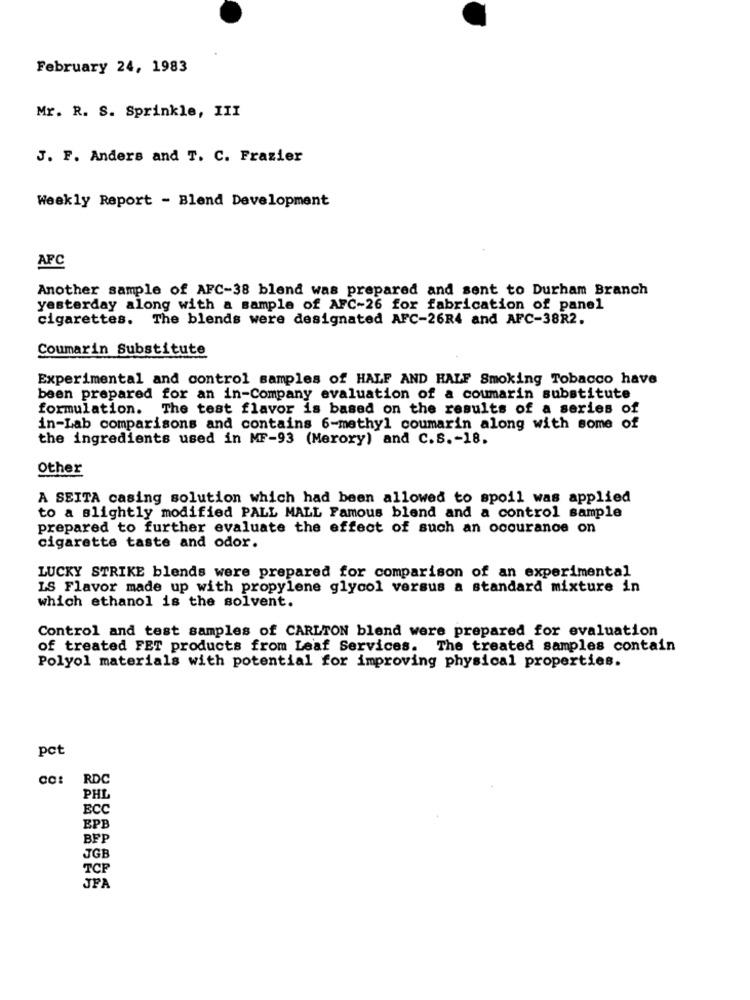
February 24, 1983
Mr. R. S. Sprinkle, III
J. F. Anders and T. C. Frazier
Weekly Report - Blend Development
APC
Another sample of AFC-38 blend was prepared and sent to Durham Branch
yesterday along with a sample of AFC-26 for fabrication of panel
cigarettes. The blends were designated AFC-26R4 and AFC-38R2.
Coumarin Substitute
Experimental and control samples of HALF AND HALF Smoking Tobacco have
been prepared for an in-Company evaluation of a coumarin substitute
formulation. The test flavor is based on the results of a series of
in-Lab comparisons and contains 6-methyl coumarin along with some of
the ingredients used in MF-93 (Merory) and C.S .- 18.
Other
A SEITA casing solution which had been allowed to spoil was applied
to a slightly modified PALL MALL Famous blend and a control sample
prepared to further evaluate the effect of such an occurance on
cigarette taste and odor.
LUCKY STRIKE blends were prepared for comparison of an experimental
IS Flavor made up with propylene glycol versus a standard mixture in
which ethanol is the solvent.
Control and test samples of CARLTON blend were prepared for evaluation
of treated FET products from Leaf Services. The treated samples contain
Polyol materials with potential for improving physical properties.
pct
RDC
PHL
ECC
EPB
BFP
JGE
TCP
JPA